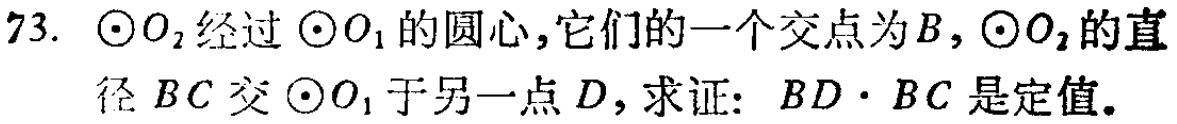
73. $\odot O_{2}$经过$\odot O_{1}$的圆心，它们的一个交点为$B$，$\odot O_{2}$的直径$BC$交$\odot O_{1}$于另一点$D$，求证：$BD\cdot BC$是定值。